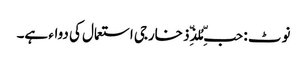
نوٹ : حبِّ مُلذِّذ خارجی استعمال کی دواء ہے۔